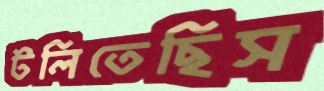
টলিতেছিস